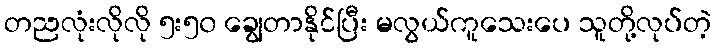
တညလုံးလိုလို ၅း၅၀ ချွေတာနိုင်ပြီး မလွယ်ကူသေးပေ သူတို့လုပ်တဲ့